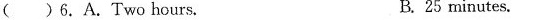
( )6.A.Two hours. B.25 minutes.